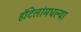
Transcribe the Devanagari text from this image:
हॉटेलांमधल्या